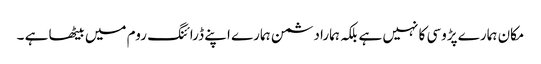
مکان ہمارے پڑوسی کا نہیں ہے بلکہ ہمارا دشمن ہمارے اپنے ڈرائنگ روم میں بیٹھا ہے ۔